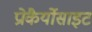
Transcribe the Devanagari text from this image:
प्रोकैर्योसाइट